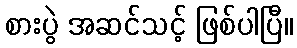
စားပွဲ အဆင်သင့် ဖြစ်ပါပြီ။